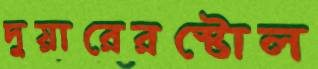
দুয়ারেরস্টোল